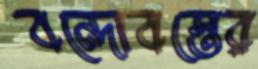
বন্দোবস্তের